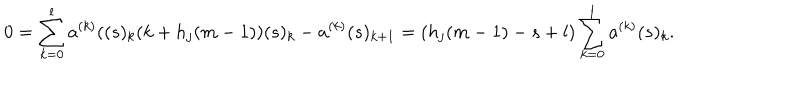
0 = \sum _ { k = 0 } ^ { l } a ^ { ( k ) } ( ( s ) _ { k } ( k + h _ { j } ( m - 1 ) ) ( s ) _ { k } - a ^ { ( k ) } ( s ) _ { k + 1 } = ( h _ { j } ( m - 1 ) - s + l ) \sum _ { k = 0 } ^ { l } a ^ { ( k ) } ( s ) _ { k } .